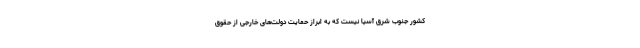
کشور جنوب شرق آسیا نیست که به ابراز حمایت دولت‌های خارجی از حقوق